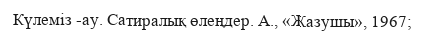
Күлеміз -ау. Сатиралық өлеңдер. А., «Жазушы», 1967;